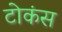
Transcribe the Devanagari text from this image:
टोकंस